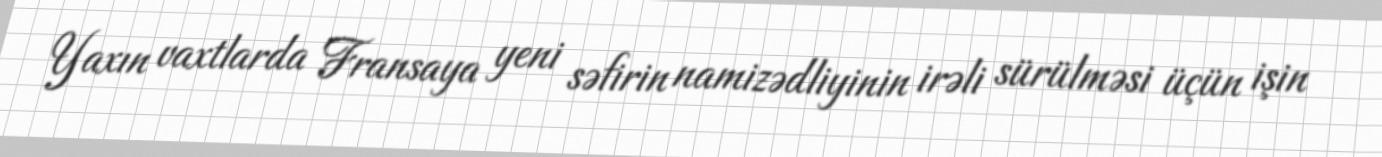
Yaxın vaxtlarda Fransaya yeni səfirin namizədliyinin irəli sürülməsi üçün işin